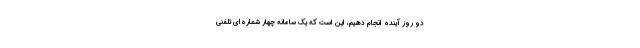
دو روز آینده انجام دهیم، این است که یک سامانه چهار شماره‌ای تلفنی